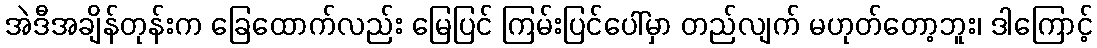
အဲဒီအချိန်တုန်းက ခြေထောက်လည်း မြေပြင် ကြမ်းပြင်ပေါ်မှာ တည်လျက် မဟုတ်တော့ဘူး၊ ဒါကြောင့်